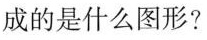
成的是什么图形?